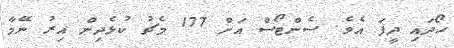
ހޯދައި ދީފަ އެވެ. ސެންޓޯސް އަށް 177 މެޗު ކުޅެދިން އިރު ނޭމާ